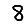
Digit: 8